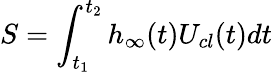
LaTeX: S=\int_{t_{1}}^{t_{2}}h_{\infty}(t)U_{cl}(t)dt